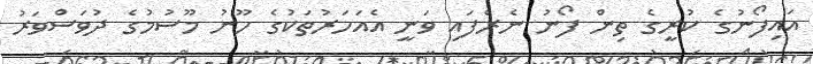
އައިފޯނުގެ ކުރީގެ ތިން ފޯނު ނެރެފައި ވަނީ އެއަހަރުތަކުގެ ހޫނު މޫސުމުގެ ދުވަސްވަރު